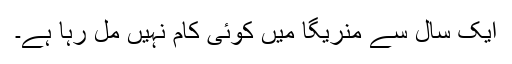
ایک سال سے منریگا میں کوئی کام نہیں مل رہا ہے۔